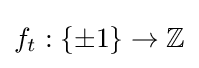
f_{t}:\{\pm 1\}\to \mathbb {Z}